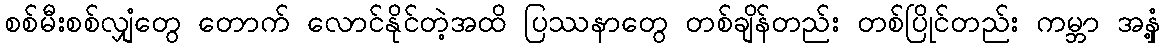
စစ်မီးစစ်လျှံတွေ တောက် လောင်နိုင်တဲ့အထိ ပြဿနာတွေ တစ်ချိန်တည်း တစ်ပြိုင်တည်း ကမ္ဘာ အနှံ့